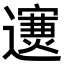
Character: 𨘄